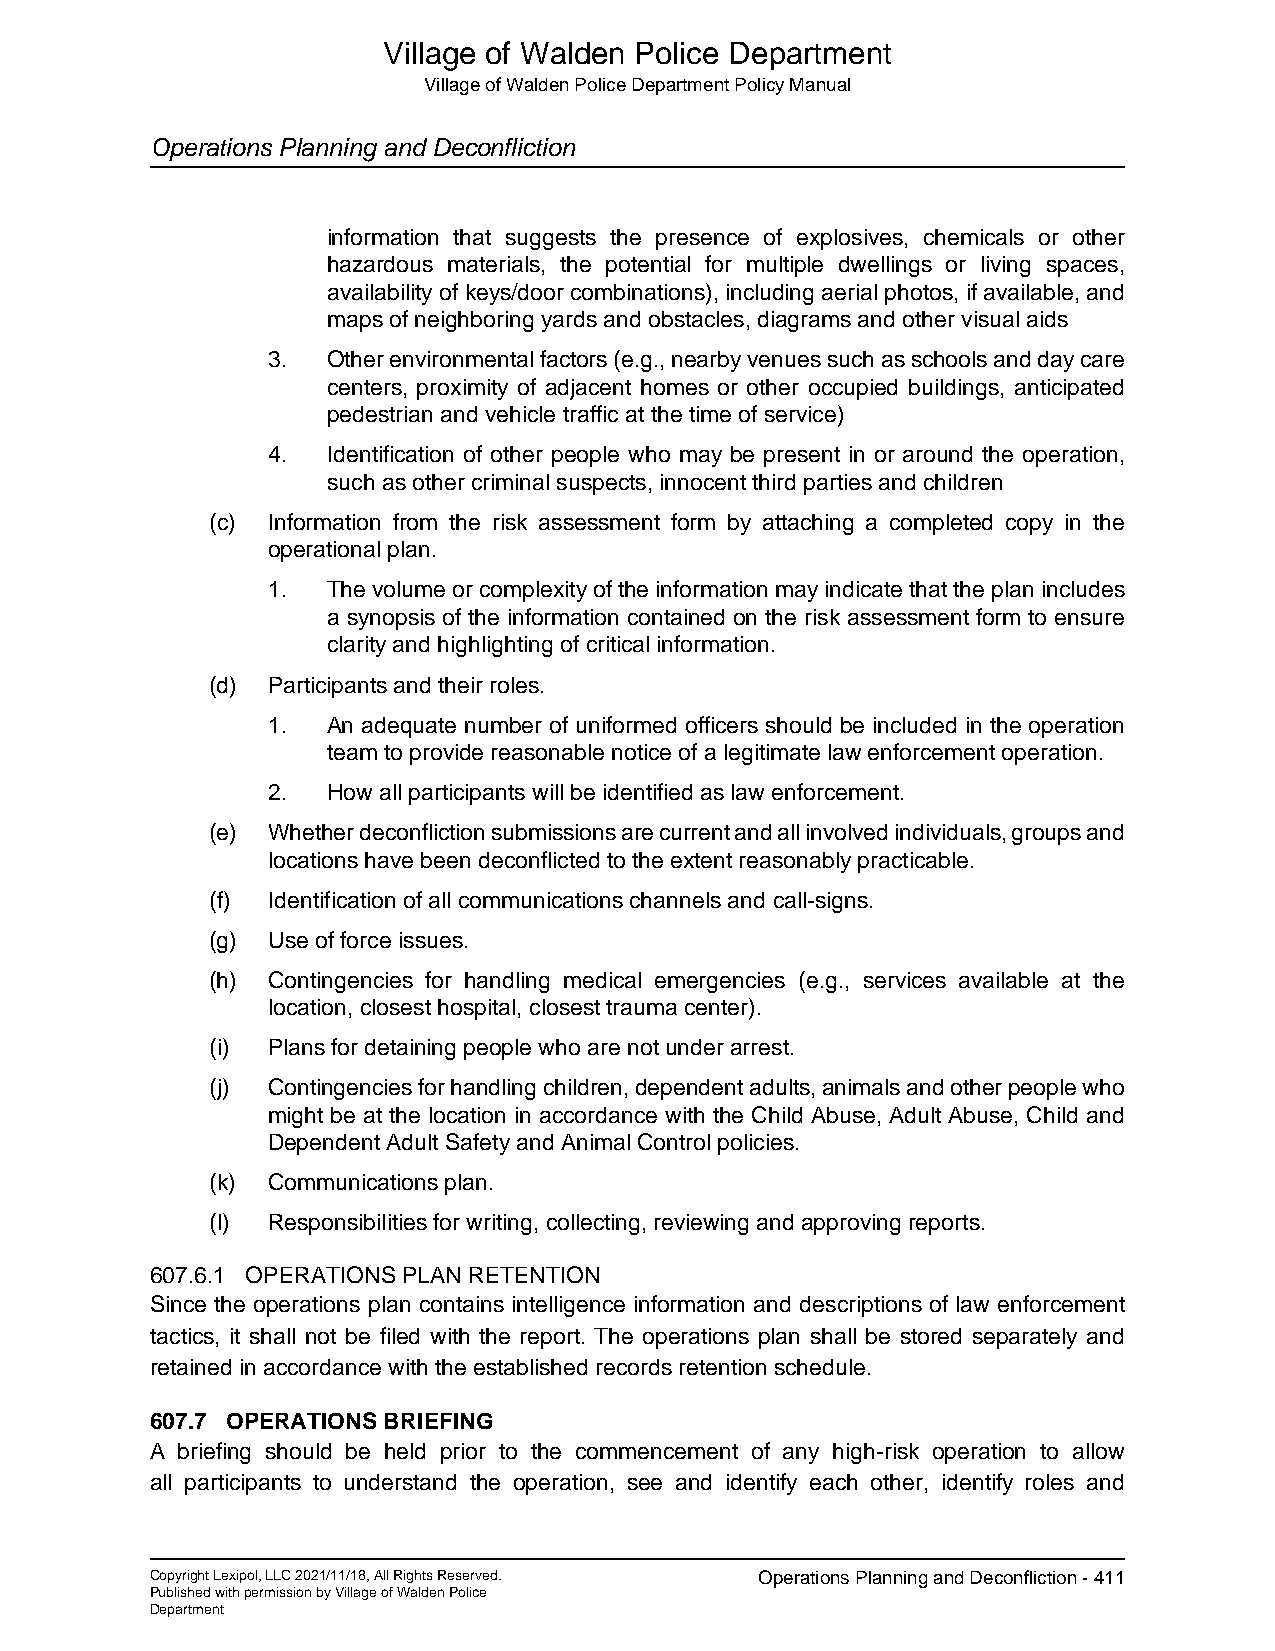
Village of Walden Police Department
 Village of Walden Police Department Policy Manual
 Operations Planning and Deconfliction
 information that suggests the presence of explosives, chemicals or other
 hazardous materials, the potential for multiple dwellings or living spaces,
 availability of keys/door combinations), including aerial photos, if available, and
 maps of neighboring yards and obstacles, diagrams and other visual aids
 3.  Other environmental factors (e.g., nearby venues such as schools and day care
 centers, proximity of adjacent homes or other occupied buildings, anticipated
 pedestrian and vehicle traffic at the time of service)
 4.  Identification of other people who may be present in or around the operation,
 such as other criminal suspects, innocent third parties and children
 (c) Information from the risk assessment form by attaching a completed copy in the
 operational plan.
 1.  The volume or complexity of the information may indicate that the plan includes
 a synopsis of the information contained on the risk assessment form to ensure
 clarity and highlighting of critical information.
 (d) Participants and their roles.
 1.  An adequate number of uniformed officers should be included in the operation
 team to provide reasonable notice of a legitimate law enforcement operation.
 2.  How all participants will be identified as law enforcement.
 (e) Whether deconfliction submissions are current and all involved individuals, groups and
 locations have been deconflicted to the extent reasonably practicable.
 (f) Identification of all communications channels and call-signs.
 (g) Use of force issues.
 (h) Contingencies for handling medical emergencies (e.g., services available at the
 location, closest hospital, closest trauma center).
 (i) Plans for detaining people who are not under arrest.
 (j) Contingencies for handling children, dependent adults, animals and other people who
 might be at the location in accordance with the Child Abuse, Adult Abuse, Child and
 Dependent Adult Safety and Animal Control policies.
 (k) Communications plan.
 (l) Responsibilities for writing, collecting, reviewing and approving reports.
 607.6.1 OPERATIONS PLAN RETENTION
 Since the operations plan contains intelligence information and descriptions of law enforcement
 tactics, it shall not be filed with the report. The operations plan shall be stored separately and
 retained in accordance with the established records retention schedule.
 607.7 OPERATIONS BRIEFING
 A briefing should be held prior to the commencement of any high-risk operation to allow
 all participants to understand the operation, see and identify each other, identify roles and
 Copyright Lexipol, LLC 2021/11/18, All Rights Reserved. Operations Planning and Deconfliction - 411
 Published with permission by Village of Walden Police
 Department